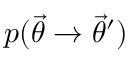
p ( \ensuremath { \vec { \theta } } \rightarrow \ensuremath { \vec { \theta } } ^ { \prime } )